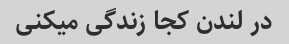
در لندن کجا زندگی میکنی